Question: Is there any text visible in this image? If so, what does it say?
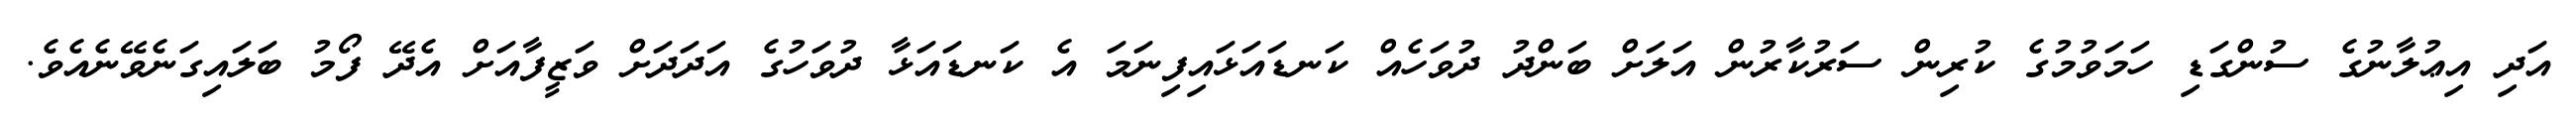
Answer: އަދި އިޢުލާނުގެ ސުންގަޑި ހަމަވުމުގެ ކުރިން ސަރުކާރުން އަލަށް ބަންދު ދުވަހެއް ކަނޑައަޅައިފިނަމަ އެ ކަނޑައަޅާ ދުވަހުގެ އަދަދަށް ވަޒީފާއަށް އެދޭ ފޯމު ބަލައިގަނެވޭނެއެވެ.